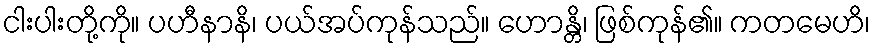
ငါးပါးတို့ကို။ ပဟီနာနိ၊ ပယ်အပ်ကုန်သည်။ ဟောန္တိ၊ ဖြစ်ကုန်၏။ ကတမေဟိ၊